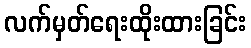
လက်မှတ်ရေးထိုးထားခြင်း